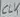
Text: CLK